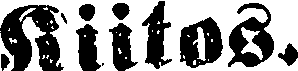
Kiitos.